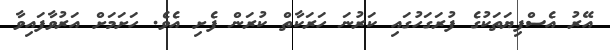
އޭރު އެސްފިޔަތަކުގެ ފުރަގަހުގައި ކަރުނަ ހަރަކާތް ކުރަން ފެށި އެވެ. ހަށަމަށް އަރުވާފައިވާ